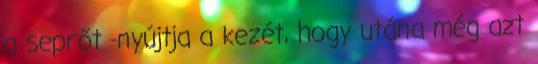
a seprőt -nyújtja a kezét, hogy utána még azt